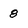
Character: 8